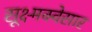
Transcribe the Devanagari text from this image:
सूक्ष्मक्वेसार